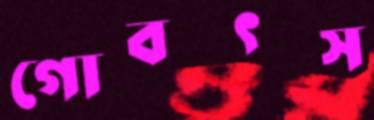
গোবৎস